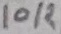
Text: 10K